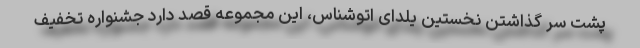
پشت سر گذاشتن نخستین یلدای اتوشناس، این مجموعه قصد دارد جشنواره تخفیف